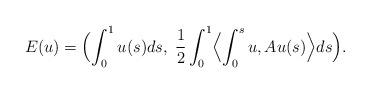
LaTeX: \begin{align*} E(u)=\Bigl(\int_0^1 u(s)ds,\; \frac 12\int_0^1\Bigl\langle\int_0^s u,Au(s)\Bigr\rangle ds\Bigr).\end{align*}